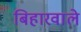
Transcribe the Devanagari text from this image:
बिहारवाले